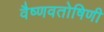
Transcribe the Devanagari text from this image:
वैष्णवतोषिणी